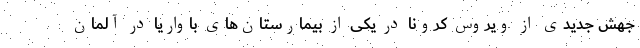
جهش جدیدی از ویروس کرونا در یکی از بیمارستان‌های باواریا در آلمان